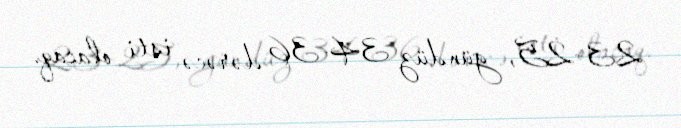
23-25, gündüz 34-36 dərəcə isti olacaq.